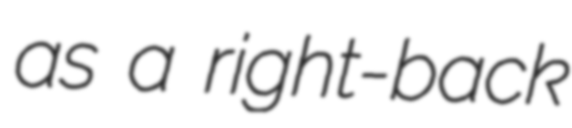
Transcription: as a right-back